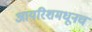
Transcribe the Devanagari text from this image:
आयरिशमधूनच